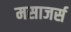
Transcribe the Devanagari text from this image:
मसाजर्स